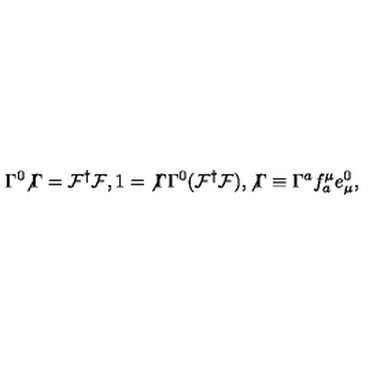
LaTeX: \Gamma ^ { 0 } { \not \Gamma } = { \cal F } ^ { \dag } { \cal F } , 1 = { \not \Gamma } \Gamma ^ { 0 } ( { \cal F } ^ { \dag } { \cal F } ) , { \not \Gamma } \equiv \Gamma ^ { a } f _ { a } ^ { \mu } e _ { \mu } ^ { 0 } ,